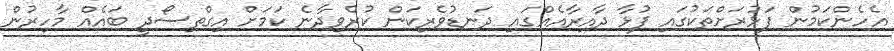
އެހެންކަމުން ފަޅުރަށްތަކުގައި ފުޅާ ދާއިރާއެއްގައި ދަނޑުވެރިކަން ކުރެވިދާނެ ކަމަށް އިގްތިސޯދީ ބައެއް މާހިރުން